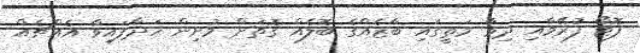
ފޮޓޯ ފުރޭމާއި ދިމާ މަތީގައި ބާޒެއްގެ ބޮލެއް ގޮތަށް މުށިން ހަދާފައިވާ އެއްޗެއް